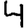
Digit: 4